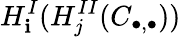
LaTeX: H_{\mathbf{i}}^{I}(H_{j}^{II}(C_{\bullet,\bullet}))